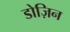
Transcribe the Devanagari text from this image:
डोज़िन